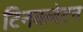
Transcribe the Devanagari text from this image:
टिनक्लेटन